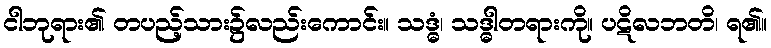
ငါဘုရား၏ တပည့်သား၌လည်းကောင်း။ သဒ္ဓံ၊ သဒ္ဓါတရားကို။ ပဋိလဘတိ၊ ရ၏။